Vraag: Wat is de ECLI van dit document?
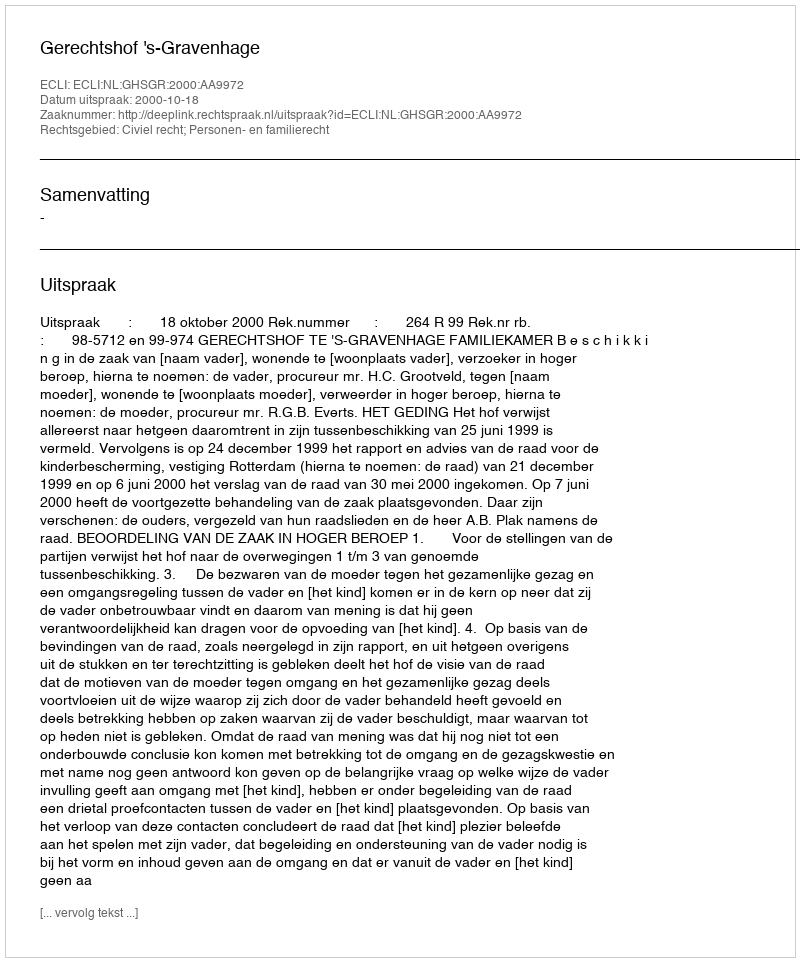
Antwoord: ECLI:NL:GHSGR:2000:AA9972